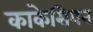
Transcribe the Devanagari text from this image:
काकेसियन